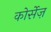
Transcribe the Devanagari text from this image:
कोर्सेज़